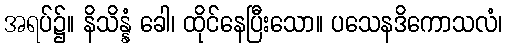
အရပ်၌။ နိသိန္နံ ခေါ၊ ထိုင်နေပြီးသော။ ပသေနဒိကောသလံ၊